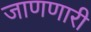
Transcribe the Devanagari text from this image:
जाणणारी